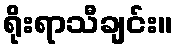
ရိုးရာသီချင်း။